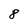
Character: 8